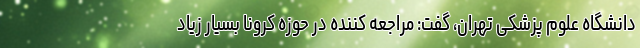
دانشگاه علوم پزشکی تهران، گفت: مراجعه کننده در حوزه کرونا بسیار زیاد